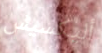
أليكسيس